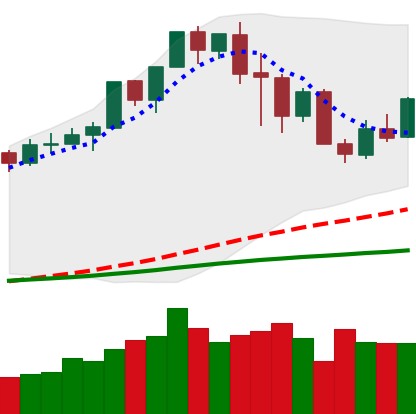
Ticker: XMR-USD
Chart end date: 2020-02-23
Forward return: -19.824%
Label: down_7plus